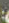
: